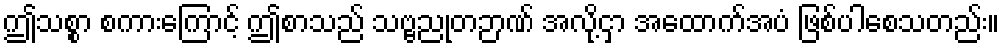
ဤသစ္စာ စကားကြောင့် ဤစာသည် သဗ္ဗညုတဉာဏ် အလို့ငှာ အထောက်အပံ ဖြစ်ပါစေသတည်း။